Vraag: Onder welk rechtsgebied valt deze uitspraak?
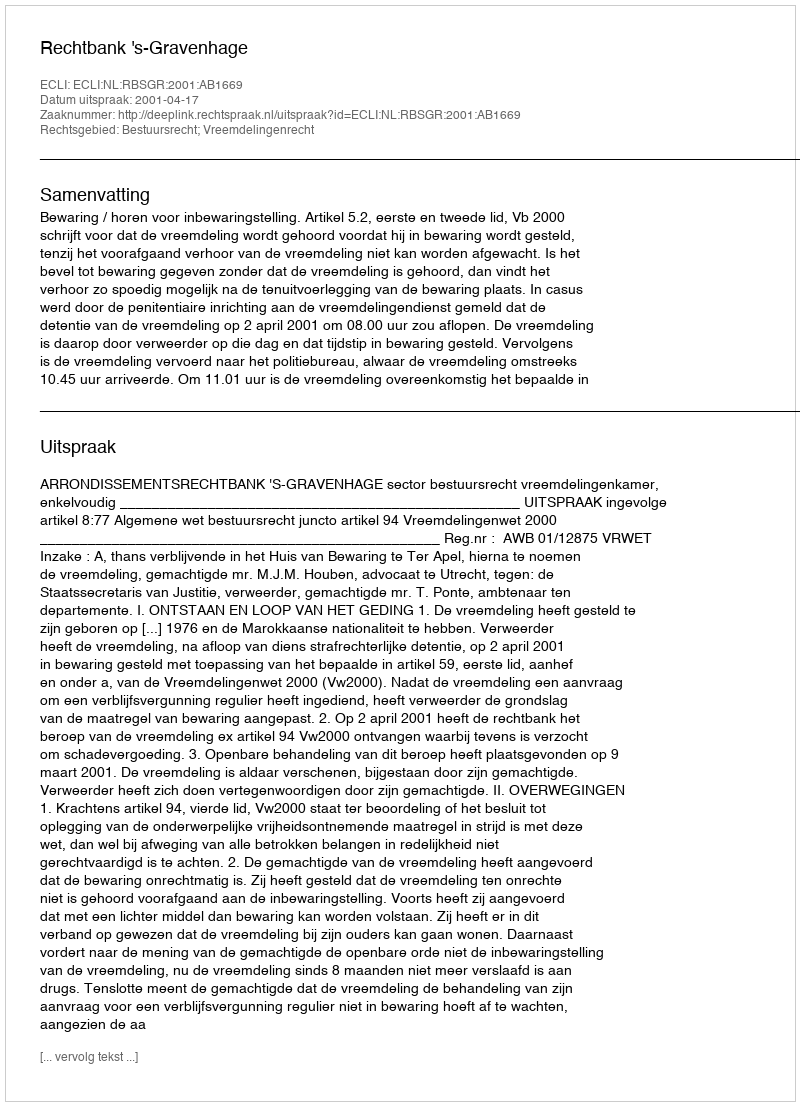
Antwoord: Bestuursrecht; Vreemdelingenrecht